Annual report of lunatic asylums [Bombay] - 1912-1922
Year: 1912
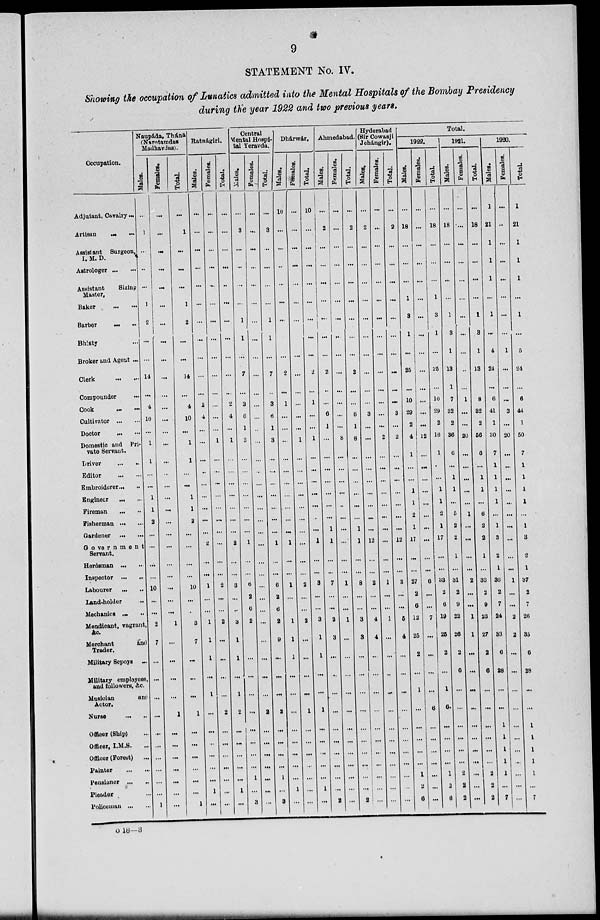
9
STATEMENT No. IV.
Showing the occupation of Lunatics admitted into the Mental Hospitals of the Bombay Presidency
during the year 1922 and two previous years.
Occupation.
Adjutant, Cavalry ...
Artisan ... ...
Assistant Surgeon,
I. M. D.
Astrologer ... ...
Assistant
Sizing
Master.
Baker ... ...
Barber ... ...
Bhisty ...
Broker and Agent ...
Clerk ... ...
Compounder ...
Cook ... ...
Cultivator ... ...
Doctor ... ...
Domestic and Pri-
vate Servant.
Driver
...
..
Editor ... ...
Embroiderer... ...
Engineer ... ...
Fireman ... ...
Fisherman ... ...
Gardener ... ...
Government
Servant.
Herdsman ... ...
Inspector ... ...
Labourer
... ...
Land-holder ...
Mechanics ... ...
Mendicant, vagrant,
&c.
Merchant
and
Trader.
Military Sepoys ...
Military employees,
and followers, &c.
Musician
and
Actor.
Nurse ... ...
Officer (Ship) ...
Officer, I.M.S. ...
Officer (Forest)
...
Painter ... ...
Pensioner ... ...
Pleader ...
Policeman ... ...
Naupáda, Thána
(Narotamdas
Madhavdas).
Males.
...
1
...
...
...
1
2
...
...
14
...
4
10
...
1
1
...
...
1
1
2
...
...
...
...
10
...
...
2
7
...
...
...
...
...
...
...
...
...
...
1
Females.
...
...
...
...
...
...
...
...
...
...
...
...
...
...
...
...
...
...
...
...
...
...
...
...
...
...
...
...
1
...
...
...
...
1
...
...
...
...
...
...
...
Total.
...
1
...
...
...
1
2
...
...
14
...
4
10
...
1
1
...
...
1
1
2
...
...
...
...
10
...
...
3
7
...
...
...
1
...
...
...
...
...
...
1
Ratnágiri.
Males.
...
...
...
...
...
...
...
...
...
...
...
2
4
...
...
...
...
...
...
...
...
...
2
...
...
1
...
...
1
1
1
...
1
...
...
...
...
...
...
1
...
Females.
...
...
...
...
...
...
...
...
...
...
...
...
...
...
1
...
...
...
...
...
...
...
...
...
...
2
...
...
2
...
...
...
...
2
...
...
...
...
...
...
...
Total.
...
...
...
...
...
...
...
...
...
...
...
2
4
...
1
...
...
...
...
...
...
...
2
...
...
3
...
...
3
1
1
...
1
2
...
...
...
...
...
1
...
Central
Mental Hospi-
tal Yeravda.
Males.
...
3
...
...
...
...
1
1
...
7
...
3
6
1
3
...
...
...
...
...
...
...
1
...
...
6
2
6
2
...
...
...
...
...
...
...
...
1
...
3
Females.
...
...
...
...
...
...
...
...
...
...
...
...
...
...
...
...
...
...
...
...
...
...
...
...
...
...
...
...
...
...
...
...
...
2
...
...
...
...
...
...
...
Total.
...
3
...
...
...
...
1
1
...
7
...
3
6
1
3
...
...
...
...
...
...
...
1
...
...
6
2
6
2
9
...
...
...
2
...
...
...
...
1
...
3
Dhárwár.
Males.
10
...
...
...
...
...
...
...
...
2
...
1
...
...
...
...
...
...
...
...
...
...
1
...
...
1
...
...
1
1
1
...
...
...
...
...
...
...
...
1
...
Females.
...
...
...
...
...
...
...
...
...
...
...
...
...
...
1
...
...
...
...
...
...
...
...
...
...
2
...
...
2
...
...
...
...
1
...
...
...
...
...
...
...
Total.
10
...
...
...
...
...
...
...
...
2
...
1
...
...
1
...
...
...
...
...
...
...
1
...
...
3
...
...
3
1
1
...
...
1
...
...
...
...
...
1
...
Ahmedabad.
Males.
...
2
...
...
...
...
...
...
...
2
...
...
6
1
...
...
...
...
...
...
...
1
1
...
...
7
...
...
2
3
...
...
...
...
...
...
...
...
...
...
2
Females.
...
...
...
...
...
...
...
...
...
...
...
...
...
...
8
...
...
...
...
...
...
...
...
...
...
1
...
...
1
...
...
...
...
...
...
...
...
...
...
...
...
Total.
...
2
...
...
...
...
...
...
...
2
...
...
6
1
8
...
...
...
...
...
...
1
1
...
...
8
...
...
3
3
...
...
...
...
...
...
...
...
...
...
2
Hyderabad
(Sir Cowasji
Jehángir).
Males.
...
2
...
...
...
...
...
...
...
...
...
...
3
...
...
...
...
...
...
...
...
...
12
...
...
2
...
...
4
4
...
...
...
...
...
...
...
...
...
...
...
Females.
...
...
...
...
...
...
...
...
...
...
...
...
...
...
2
...
...
...
...
...
...
...
...
...
...
1
...
...
1
...
...
...
...
...
...
...
...
...
...
...
...
Total.
...
2
...
...
...
...
...
...
...
...
...
...
3
...
2
...
...
...
...
...
...
...
12
...
...
3
...
...
5
4
...
...
...
...
...
...
...
...
...
...
...
Total.
1922.
Males.
...
18
...
...
...
1
3
1
...
25
...
10
29
2
4
1
...
...
1
1
2
1
17
...
...
27
2
6
12
25
2
...
1
...
...
...
...
...
1
2
6
Females.
...
...
...
...
...
...
...
...
...
...
...
...
...
...
12
...
...
...
...
...
...
...
...
...
...
6
...
...
7
...
...
...
...
6
...
...
...
...
...
...
...
Total.
...
18
...
...
...
1
3
1
...
25
...
10
29
2
16
1
...
...
1
1
2
1
17
...
...
33
2
6
19
25
2
...
1
6
...
...
...
...
1
2
6
1921.
Males.
...
18
...
...
...
...
1
3
1
13
1
7
32
2
36
6
...
1
1
...
5
2
2
1
...
31
2
9
22
26
2
6
...
...
...
...
...
...
2
2
2
Females.
...
...
...
...
...
...
...
...
...
...
...
1
...
...
20
...
...
...
...
...
1
...
...
...
...
2
...
...
1
1
...
...
...
...
...
...
...
...
...
...
...
Total.
...
18
...
...
...
...
1
3
1
13
1
8
32
2
56
6
...
1
1
...
6
2
2
1
...
33
2
9
23
27
2
6
...
...
...
...
...
...
2
2
2
1920.
Males.
1
21
1
1
1
...
1
...
4
24
...
6
41
1
30
7
1
1
1
1
...
1
3
2
1
36
2
7
24
33
6
28
...
...
1
1
1
1
1
...
7
Females.
...
...
...
...
...
...
...
...
1
...
...
...
3
...
20
...
...
...
...
...
...
...
...
...
...
1
...
...
2
2
...
...
...
...
...
...
...
...
...
...
...
Total.
1
21
1
1
1
...
1
...
5
24
...
6
44
1
50
7
1
1
1
1
...
1
3
2
1
37
2
7
26
35
6
28
...
...
1
1
1
1
1
...
7
o 18—3